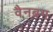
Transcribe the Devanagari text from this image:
वैनब्रग